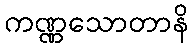
ကဏ္ဏသောတာနိ